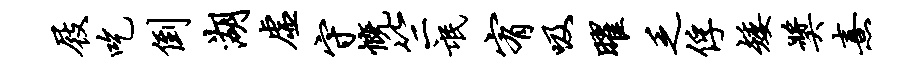
屐吃倒湖虚守慨竺氓宥吸曜乏俘矮奖熹